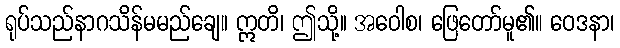
ရုပ်သည်နာဂသိန်မမည်ချေ။ ဣတိ၊ ဤသို့။ အဝေါစ၊ ဖြေတော်မူ၏။ ဝေဒနာ၊